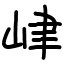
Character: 峍